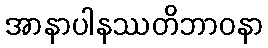
အာနာပါနဿတိဘာဝနာ